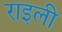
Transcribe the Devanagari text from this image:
राइली